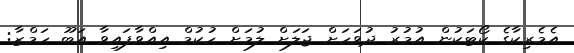
އެމެރިކާގެ ކޯޓަކުން އުމުރު ދުވަހަށް ޖަލަށް ލުމަށް ހުކުމް އިއްވާފައިވާ އަބޫ ހަމްޒާ: